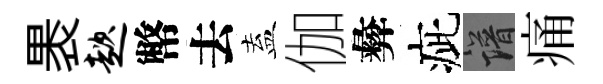
褁趑幣去盍伽彜疵譜痛